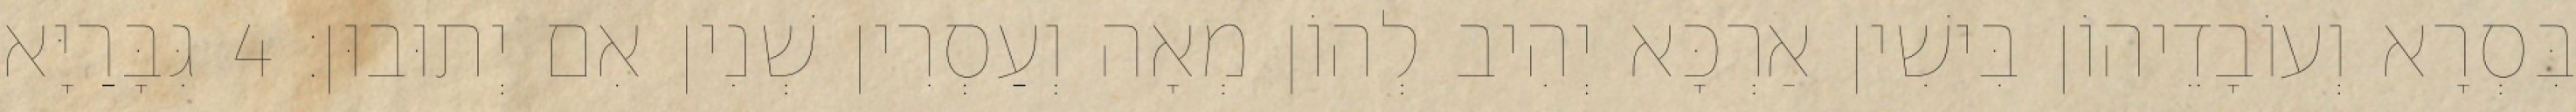
בִּסְרָא וְעוֹבָדֵיהוֹן בִּישִׁין אַרְכָּא יְהִיב לְהוֹן מְאָה וְעַסְרִין שְׁנִין אִם יְתוּבוּן׃ 4 גִּבָּרַיָּא